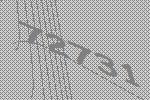
72731